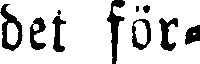
det för-